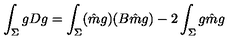
\int _ { \Sigma } g D g = \int _ { \Sigma } ( \hat { m } g ) ( B \hat { m } g ) - 2 \int _ { \Sigma } g \hat { m } g